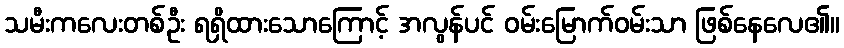
သမီးကလေးတစ်ဦး ရရှိထားသောကြောင့် အလွန်ပင် ဝမ်းမြောက်ဝမ်းသာ ဖြစ်နေလေ၏။